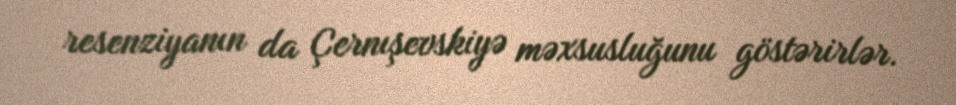
resenziyanın da Çernışevskiyə məxsusluğunu göstərirlər.